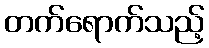
တက်ရောက်သည့်